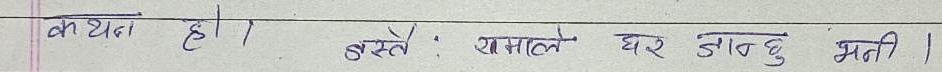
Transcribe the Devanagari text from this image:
कथन हो। बस्ते। रमाले घर जाबछु भनी ।